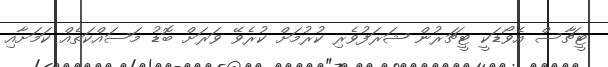
ޓީޗާސް އެވޯޑަކީ ޓީޗަރުން ޝަރަފުވެރި ކުރުމަށް ކުރެވޭ ވަރަށް ބޮޑު މަސައްކަތެއް ކަމަށާއި